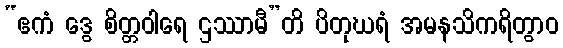
“ဧကံ ဒွေ စိတ္တဝါရေ ဌဿာမီ”တိ ပိတုဃရံ အမနသိကရိတွာဝ